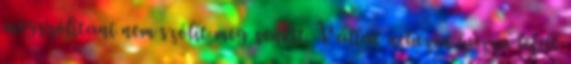
megszólítani nem szólít meg senkit. Vállát nehezen húzza lefelé